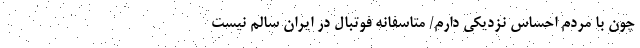
چون با مردم احساس نزدیکی دارم/ متاسفانه فوتبال در ایران سالم نیست